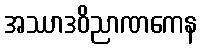
အဿာဒဝိညာဏကေန